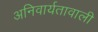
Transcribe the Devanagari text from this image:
अनिवार्यतावाली